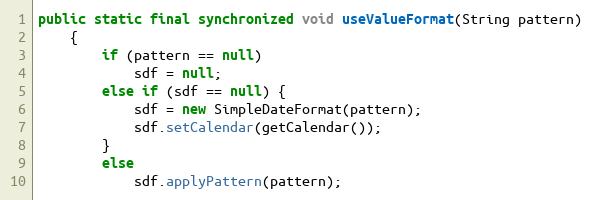
Language: Java
public static final synchronized void useValueFormat(String pattern)
	{
		if (pattern == null)
			sdf = null;
		else if (sdf == null) {
			sdf = new SimpleDateFormat(pattern);
			sdf.setCalendar(getCalendar());
		}
		else
			sdf.applyPattern(pattern);